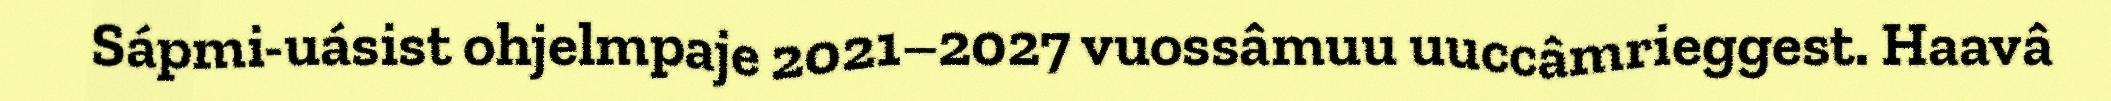
Sápmi-uásist ohjelmpaje 2021–2027 vuossâmuu uuccâmrieggest. Haavâ